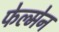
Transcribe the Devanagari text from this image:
फेल्मेन